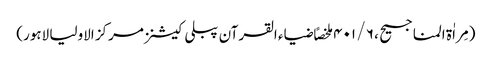
(مِراٰة المناجیح ، ۶ / ۴۰۱ ملخصاً ضیاء القرآن پبلی کیشنز مرکز الاولیا لاہور)